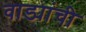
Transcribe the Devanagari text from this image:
वाड्यांची